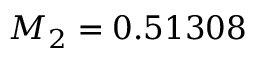
M _ { 2 } = 0 . 5 1 3 0 8